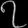
Digit: ၇